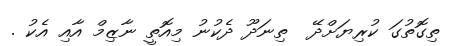
ތިގޮތުގަ ކުރިޔަށްދޭ  ތިނަދޫ ދެކުނު މިއޮތީ ނާޒިމް އާއި އެކު .